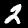
Digit: 2